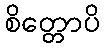
စိတ္တောပိ